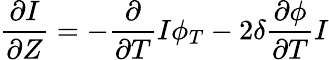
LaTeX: \frac{\partial I}{\partial Z}=-\frac{\partial}{\partial T}I\phi_{T}-2\delta\frac{\partial\phi}{\partial T}I